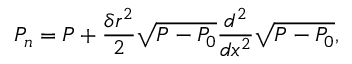
P _ { n } = P + \frac { \delta r ^ { 2 } } { 2 } \sqrt { P - P _ { 0 } } \frac { d ^ { 2 } } { d x ^ { 2 } } \sqrt { P - P _ { 0 } } ,